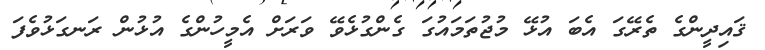
ޤައިދީންގެ ތެރޭގަ އެބަ އުޅޭ މުޖުތަމައުގަ ގެންގުޅެވޭ ވަރަށް އެމީހުންގެ އުޅުން ރަނގަޅުވެފަ